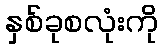
နှစ်ခုစလုံးကို